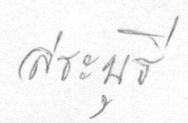
สระบุรี